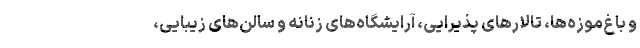
و باغ‌موزه‌ها، تالارهای پذیرایی، آرایشگاه‌های زنانه و سالن‌های زیبایی،